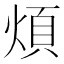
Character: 煩